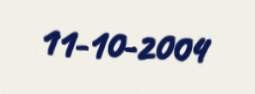
11-10-2004